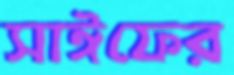
সাঈফের